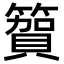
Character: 𮆓